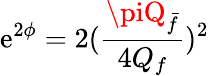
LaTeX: \mathrm{e}^{2\phi}=2(\frac{{\piQ_{\bar{{f}}}}}{{4Q_{f}}})^{2}